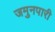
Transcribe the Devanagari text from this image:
जमुनपारी